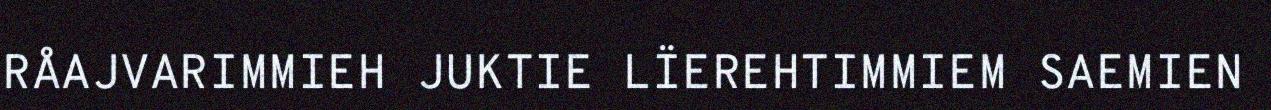
RÅAJVARIMMIEH JUKTIE LÏEREHTIMMIEM SAEMIEN